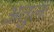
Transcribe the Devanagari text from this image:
अतुलः